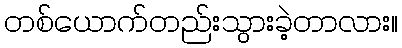
တစ်ယောက်တည်းသွားခဲ့တာလား။